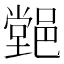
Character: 𨝦